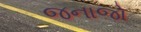
જનાજો